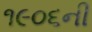
૧૯૦૬ની